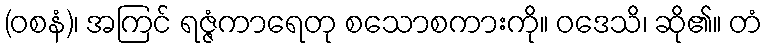
(ဝစနံ)၊ အကြင် ရဇ္ဇံကာရေတု စသောစကားကို။ ဝဒေသိ၊ ဆို၏။ တံ